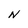
Character: N